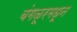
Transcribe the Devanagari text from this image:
बंगळूरमधून